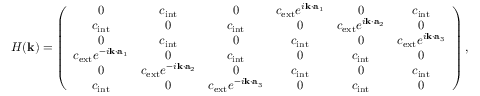
H ( \mathbf { k } ) = \left( \begin{array} { c c c c c c } { 0 } & { c _ { \mathrm { i n t } } } & { 0 } & { c _ { \mathrm { e x t } } e ^ { i \mathbf { k } \cdot \mathbf { a } _ { 1 } } } & { 0 } & { c _ { \mathrm { i n t } } } \\ { c _ { \mathrm { i n t } } } & { 0 } & { c _ { \mathrm { i n t } } } & { 0 } & { c _ { \mathrm { e x t } } e ^ { i \mathbf { k } \cdot \mathbf { a } _ { 2 } } } & { 0 } \\ { 0 } & { c _ { \mathrm { i n t } } } & { 0 } & { c _ { \mathrm { i n t } } } & { 0 } & { c _ { \mathrm { e x t } } e ^ { i \mathbf { k } \cdot \mathbf { a } _ { 3 } } } \\ { c _ { \mathrm { e x t } } e ^ { - i \mathbf { k } \cdot \mathbf { a } _ { 1 } } } & { 0 } & { c _ { \mathrm { i n t } } } & { 0 } & { c _ { \mathrm { i n t } } } & { 0 } \\ { 0 } & { c _ { \mathrm { e x t } } e ^ { - i \mathbf { k } \cdot \mathbf { a } _ { 2 } } } & { 0 } & { c _ { \mathrm { i n t } } } & { 0 } & { c _ { \mathrm { i n t } } } \\ { c _ { \mathrm { i n t } } } & { 0 } & { c _ { \mathrm { e x t } } e ^ { - i \mathbf { k } \cdot \mathbf { a } _ { 3 } } } & { 0 } & { c _ { \mathrm { i n t } } } & { 0 } \end{array} \right) ,